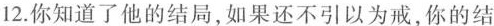
12.你知道了他的结局，如果还不引以为戒，你的结